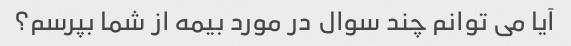
آیا می توانم چند سوال در مورد بیمه از شما بپرسم؟